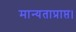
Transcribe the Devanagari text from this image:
मान्यताप्राप्त।